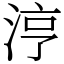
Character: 涥